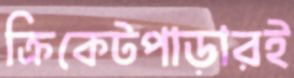
ক্রিকেটপাড়ারই